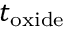
t _ { \mathrm { o x i d e } }